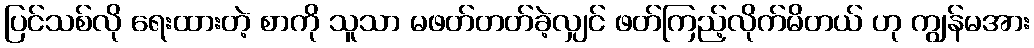
ပြင်သစ်လို ရေးထားတဲ့ စာကို သူသာ မဖတ်တတ်ခဲ့လျှင် ဖတ်ကြည့်လိုက်မိတယ် ဟု ကျွန်မအား